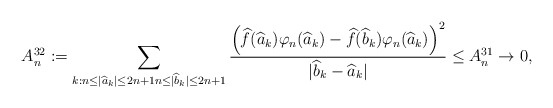
\begin{align*}A^{32}_n:=\sum_{k: n\leq |\widehat{a}_k|\leq 2n+1n\leq |\widehat{b}_k|\leq 2n+1}\frac{\left(\widehat{f}(\widehat{a}_k)\varphi_n(\widehat{a}_k)-\widehat{f}(\widehat{b}_k)\varphi_n(\widehat{a}_k)\right)^2}{|\widehat{b}_k-\widehat{a}_k|}\leq A^{31}_n\rightarrow 0,\end{align*}